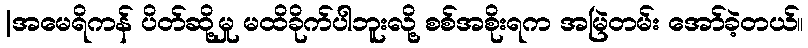
|အမေရိကန် ပိတ်ဆို့မှု မထိခိုက်ပါဘူးလို့ စစ်အစိုးရက အမြဲတမ်း အော်ခဲ့တယ်။